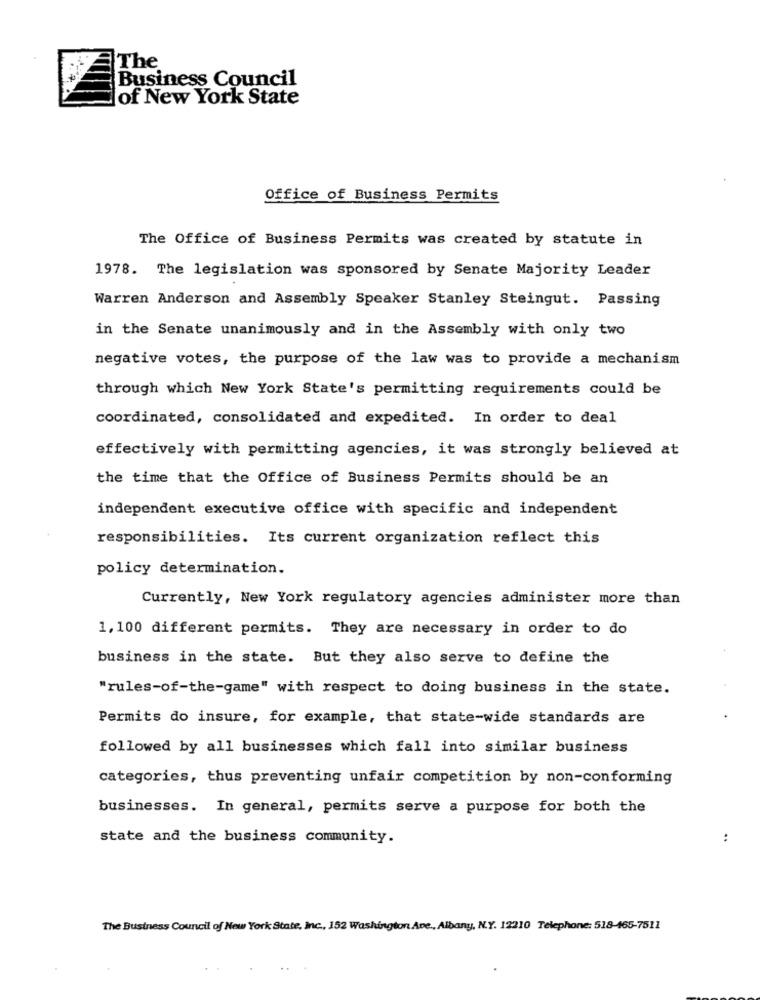
The
Business Council
of New York State
Office of Business Permits
The Office of Business Permits was created by statute in
1978. The legislation was sponsored by Senate Majority Leader
Warren Anderson and Assembly Speaker Stanley Steingut. Passing
in the Senate unanimously and in the Assembly with only two
negative votes, the purpose of the law was to provide a mechanism
through which New York State's permitting requirements could be
coordinated, consolidated and expedited. In order to deal
effectively with permitting agencies, it was strongly believed at
the time that the Office of Business Permits should be an
independent executive office with specific and independent
responsibilities. Its current organization reflect this
policy determination.
Currently, New York regulatory agencies administer more than
1,100 different permits. They are necessary in order to do
business in the state. But they also serve to define the
"rules-of-the-game" with respect to doing business in the state.
Permits do insure, for example, that state-wide standards are
followed by all businesses which fall into similar business
categories, thus preventing unfair competition by non-conforming
businesses. In general, permits serve a purpose for both the
state and the business community.
..
The Business Council of New York State, Inc ., 152 Washington Ave ., Albany, N.Y. 12210 Telephone: 518-465-7511